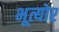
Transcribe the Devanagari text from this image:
भूत्योर